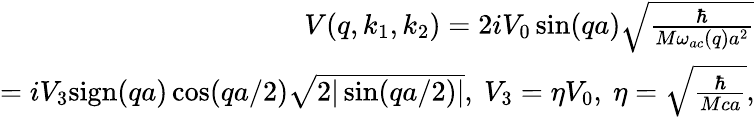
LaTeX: \begin{array}{r}{V(q,k_{1},k_{2})=2iV_{0}\sin(qa)\sqrt{\frac{\hbar}{M\omega_{ac}(q)a^{2}}}}\\ {=iV_{3}\mathrm{sign}(qa)\cos(qa/2)\sqrt{2|\sin(qa/2)|},~V_{3}=\eta V_{0},~\eta=\sqrt{\frac{\hbar}{Mca}},}\end{array}